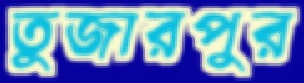
তুজারপুর